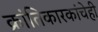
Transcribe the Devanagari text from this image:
क्रांतिकारकांचेही